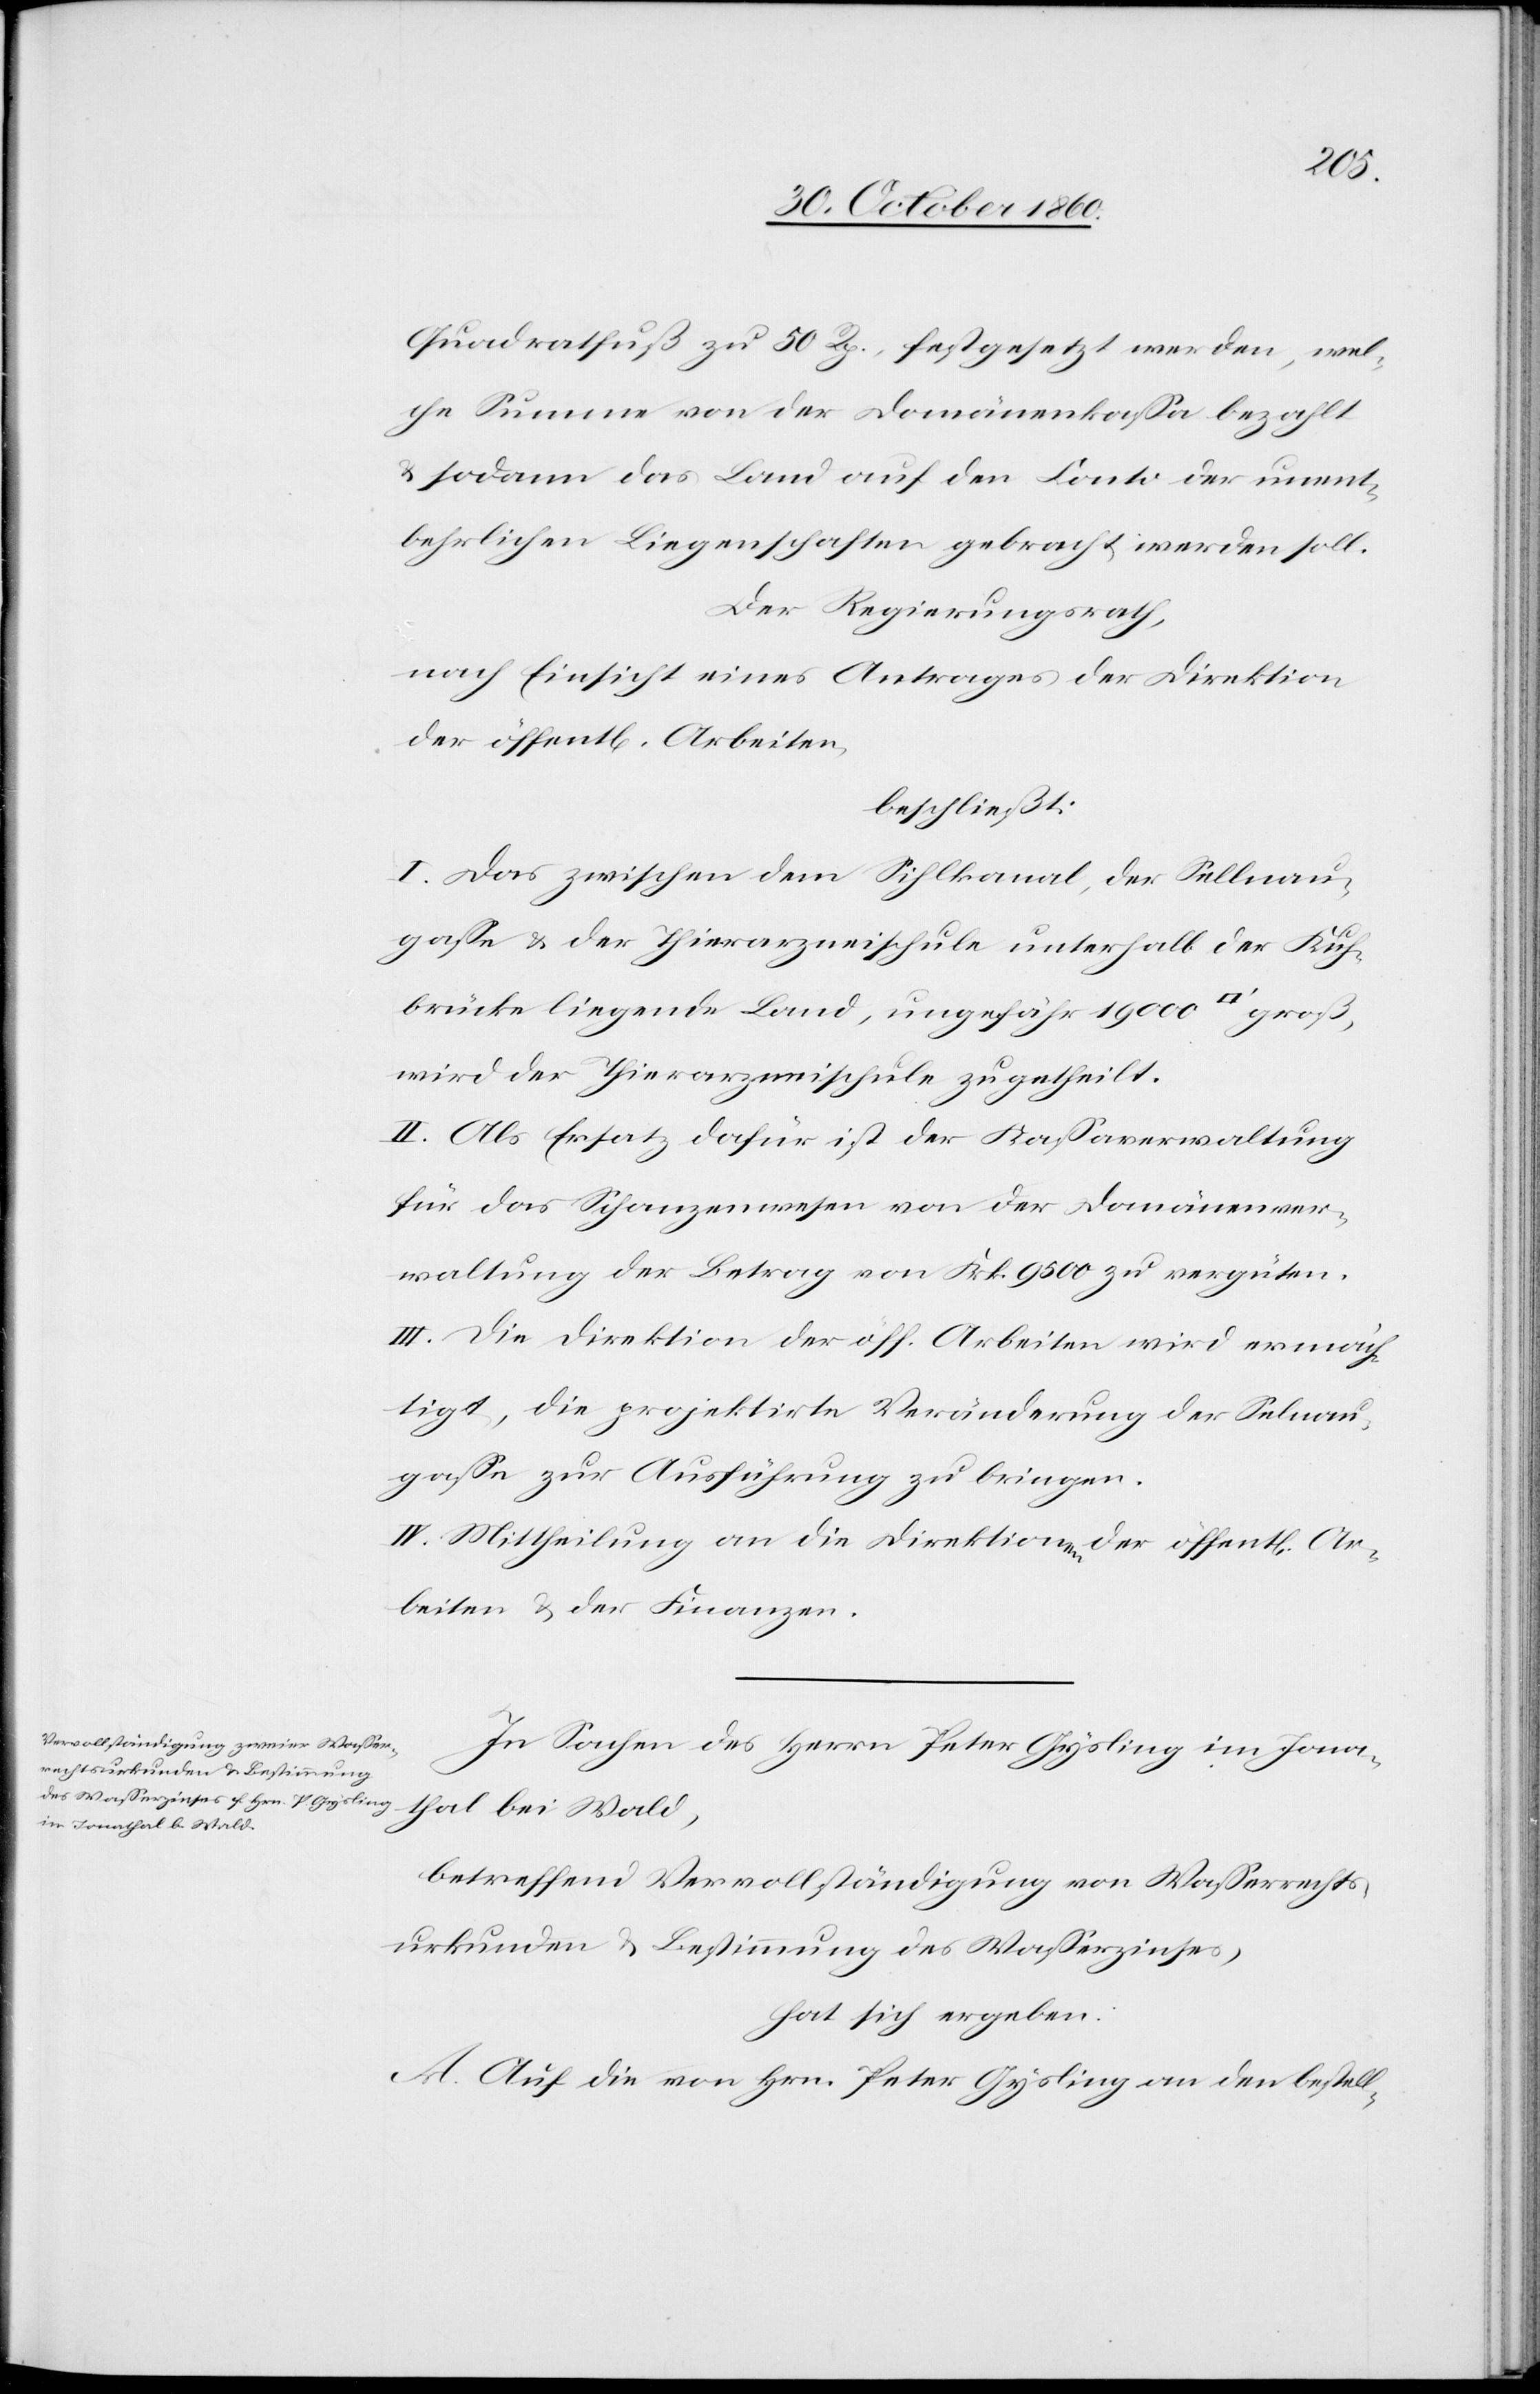
Quadratfuß zu 50 Rp., festgesetzt werden, wel¬
che Summe von der Domänenkassa bezahlt
u. sodann das Land auf den Conto der unent¬
behrlichen Liegenschaften gebracht werden soll.
Der Regierungsrath,
nach Einsicht eines Antrages der Direktion
der öffent[lichen] Arbeiten,
beschließt:
I. Das zwischen dem Sihlkanal, der Sellnau¬
gasse u. der Thierarzneischule unterhalb der Kuh¬
brücke liegende Land, ungefähr 19 000 [Quadratfuß]
wird der Thierarzneischule zugetheilt.
II. Als Ersatz dafür ist der Kassaverwaltung
für das Schanzenwesen von der Domänenver¬
waltung der Betrag von Frk. 9500 zu vergüten.
III. Die Direktion der öff. Arbeiten wird ermäch¬
tigt, die projektirte Veränderung der Selnau¬
gasse zur Ausführung zu bringen.
IV. Mittheilung an die Direktionen der öffent[lichen]
Arbeiten u. der Finanzen.
In Sachen der Herren Peter Gysling im Jona¬
thal bei Wald,
betreffend Vervollständigung von Wasserrechts¬
urkunden u. Bestimmung des Wasserzinses,
hat sich ergeben:
A. Auf die von Hrn. Peter Gysling an den bestell-